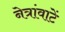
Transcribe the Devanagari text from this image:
नेत्रांवाटें